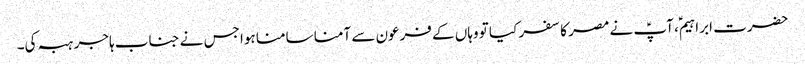
حضرت ابراہیمؑ، آپؑ نے مصر کا سفر کیا تو وہاں کے فرعون سے آمنا سامنا ہوا جس نے جناب ہاجر ہبہ کی۔